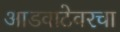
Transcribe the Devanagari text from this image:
आडवाटेवरचा